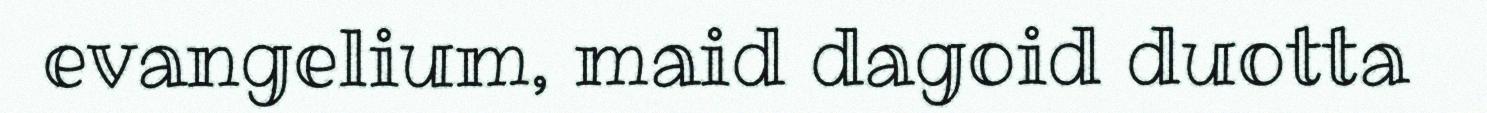
evangelium, maid dagoid duotta